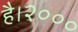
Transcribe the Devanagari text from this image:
है।२०००